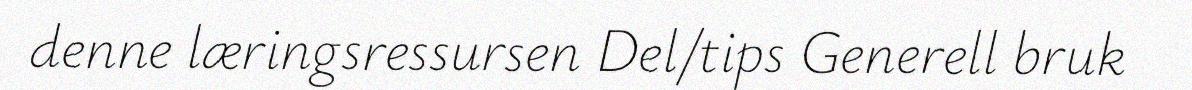
denne læringsressursen Del/tips Generell bruk